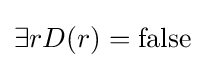
\exists rD(r)=\mathrm {false} \;